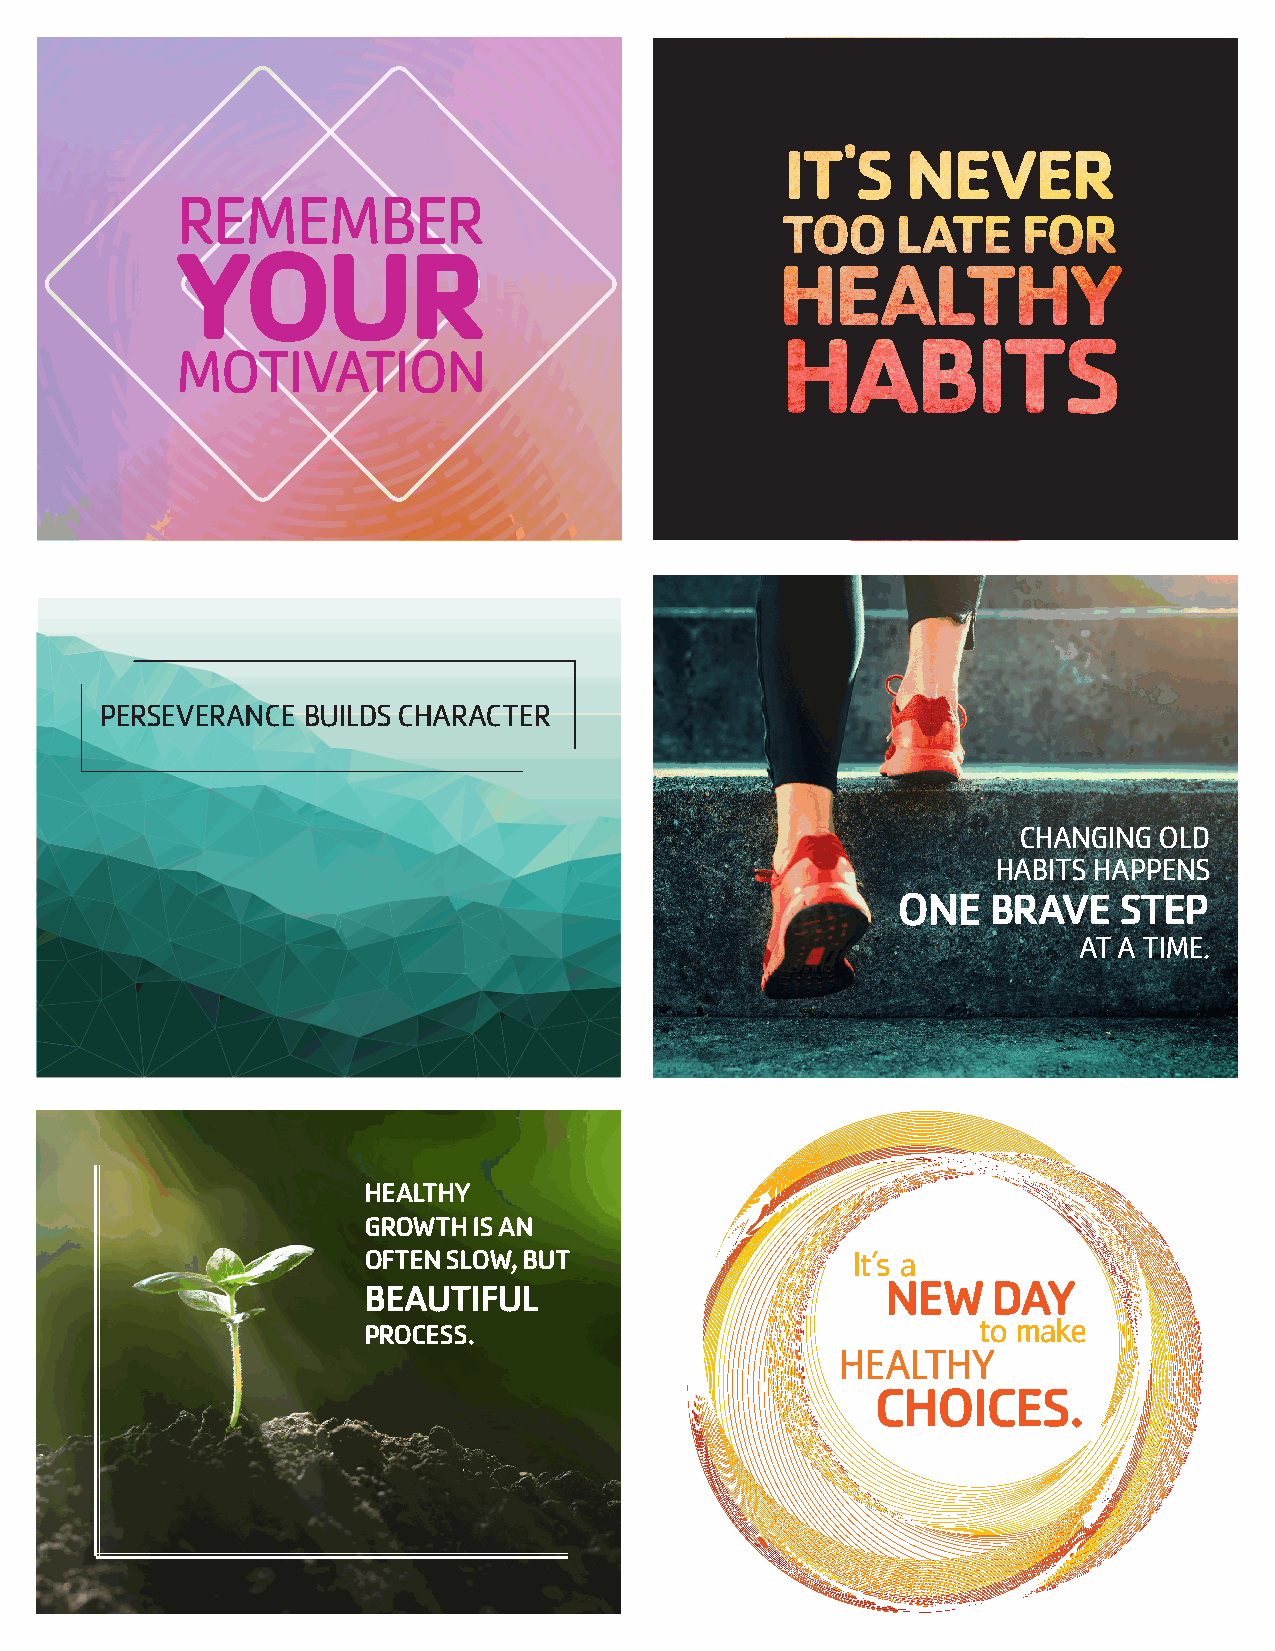
REMEMBER
 YOUR
 MOTIVATION
 PERSEVERANCE BUILDS CHARACTER
 CHANGING  OLD
 HABITS HAPPENS
 ONE   BRAVE    STEP
 AT A TIME.
 HEALTHY
 GROWTH IS AN
 OFTEN SLOW, BUT                 It’s a
 BEAUTIFUL                          NEW    DAY
 to make
 PROCESS.
 HEALTHY
 CHOICES.